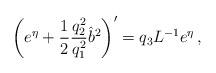
LaTeX: \begin{align*} \left( e^\eta + \frac{1}{2} \frac{q_2^2}{q_1^2}\hat{b}^2 \right)' = q_3 L^{-1} e^\eta \,,\end{align*}